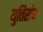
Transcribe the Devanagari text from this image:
युतिसंच